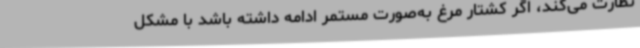
نظارت می‌کند، اگر کشتار مرغ به‌صورت مستمر ادامه داشته باشد با مشکل